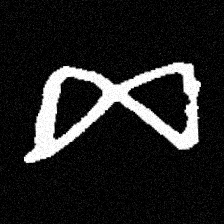
Pyu character \u2014 Myanmar letter: ဆ (romanized: cha)